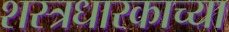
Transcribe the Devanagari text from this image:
शस्त्रधारकाच्या